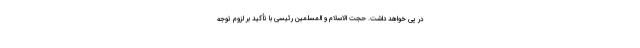
در پی خواهد داشت. حجت الاسلام و المسلمین رئیسی با تأکید بر لزوم توجه